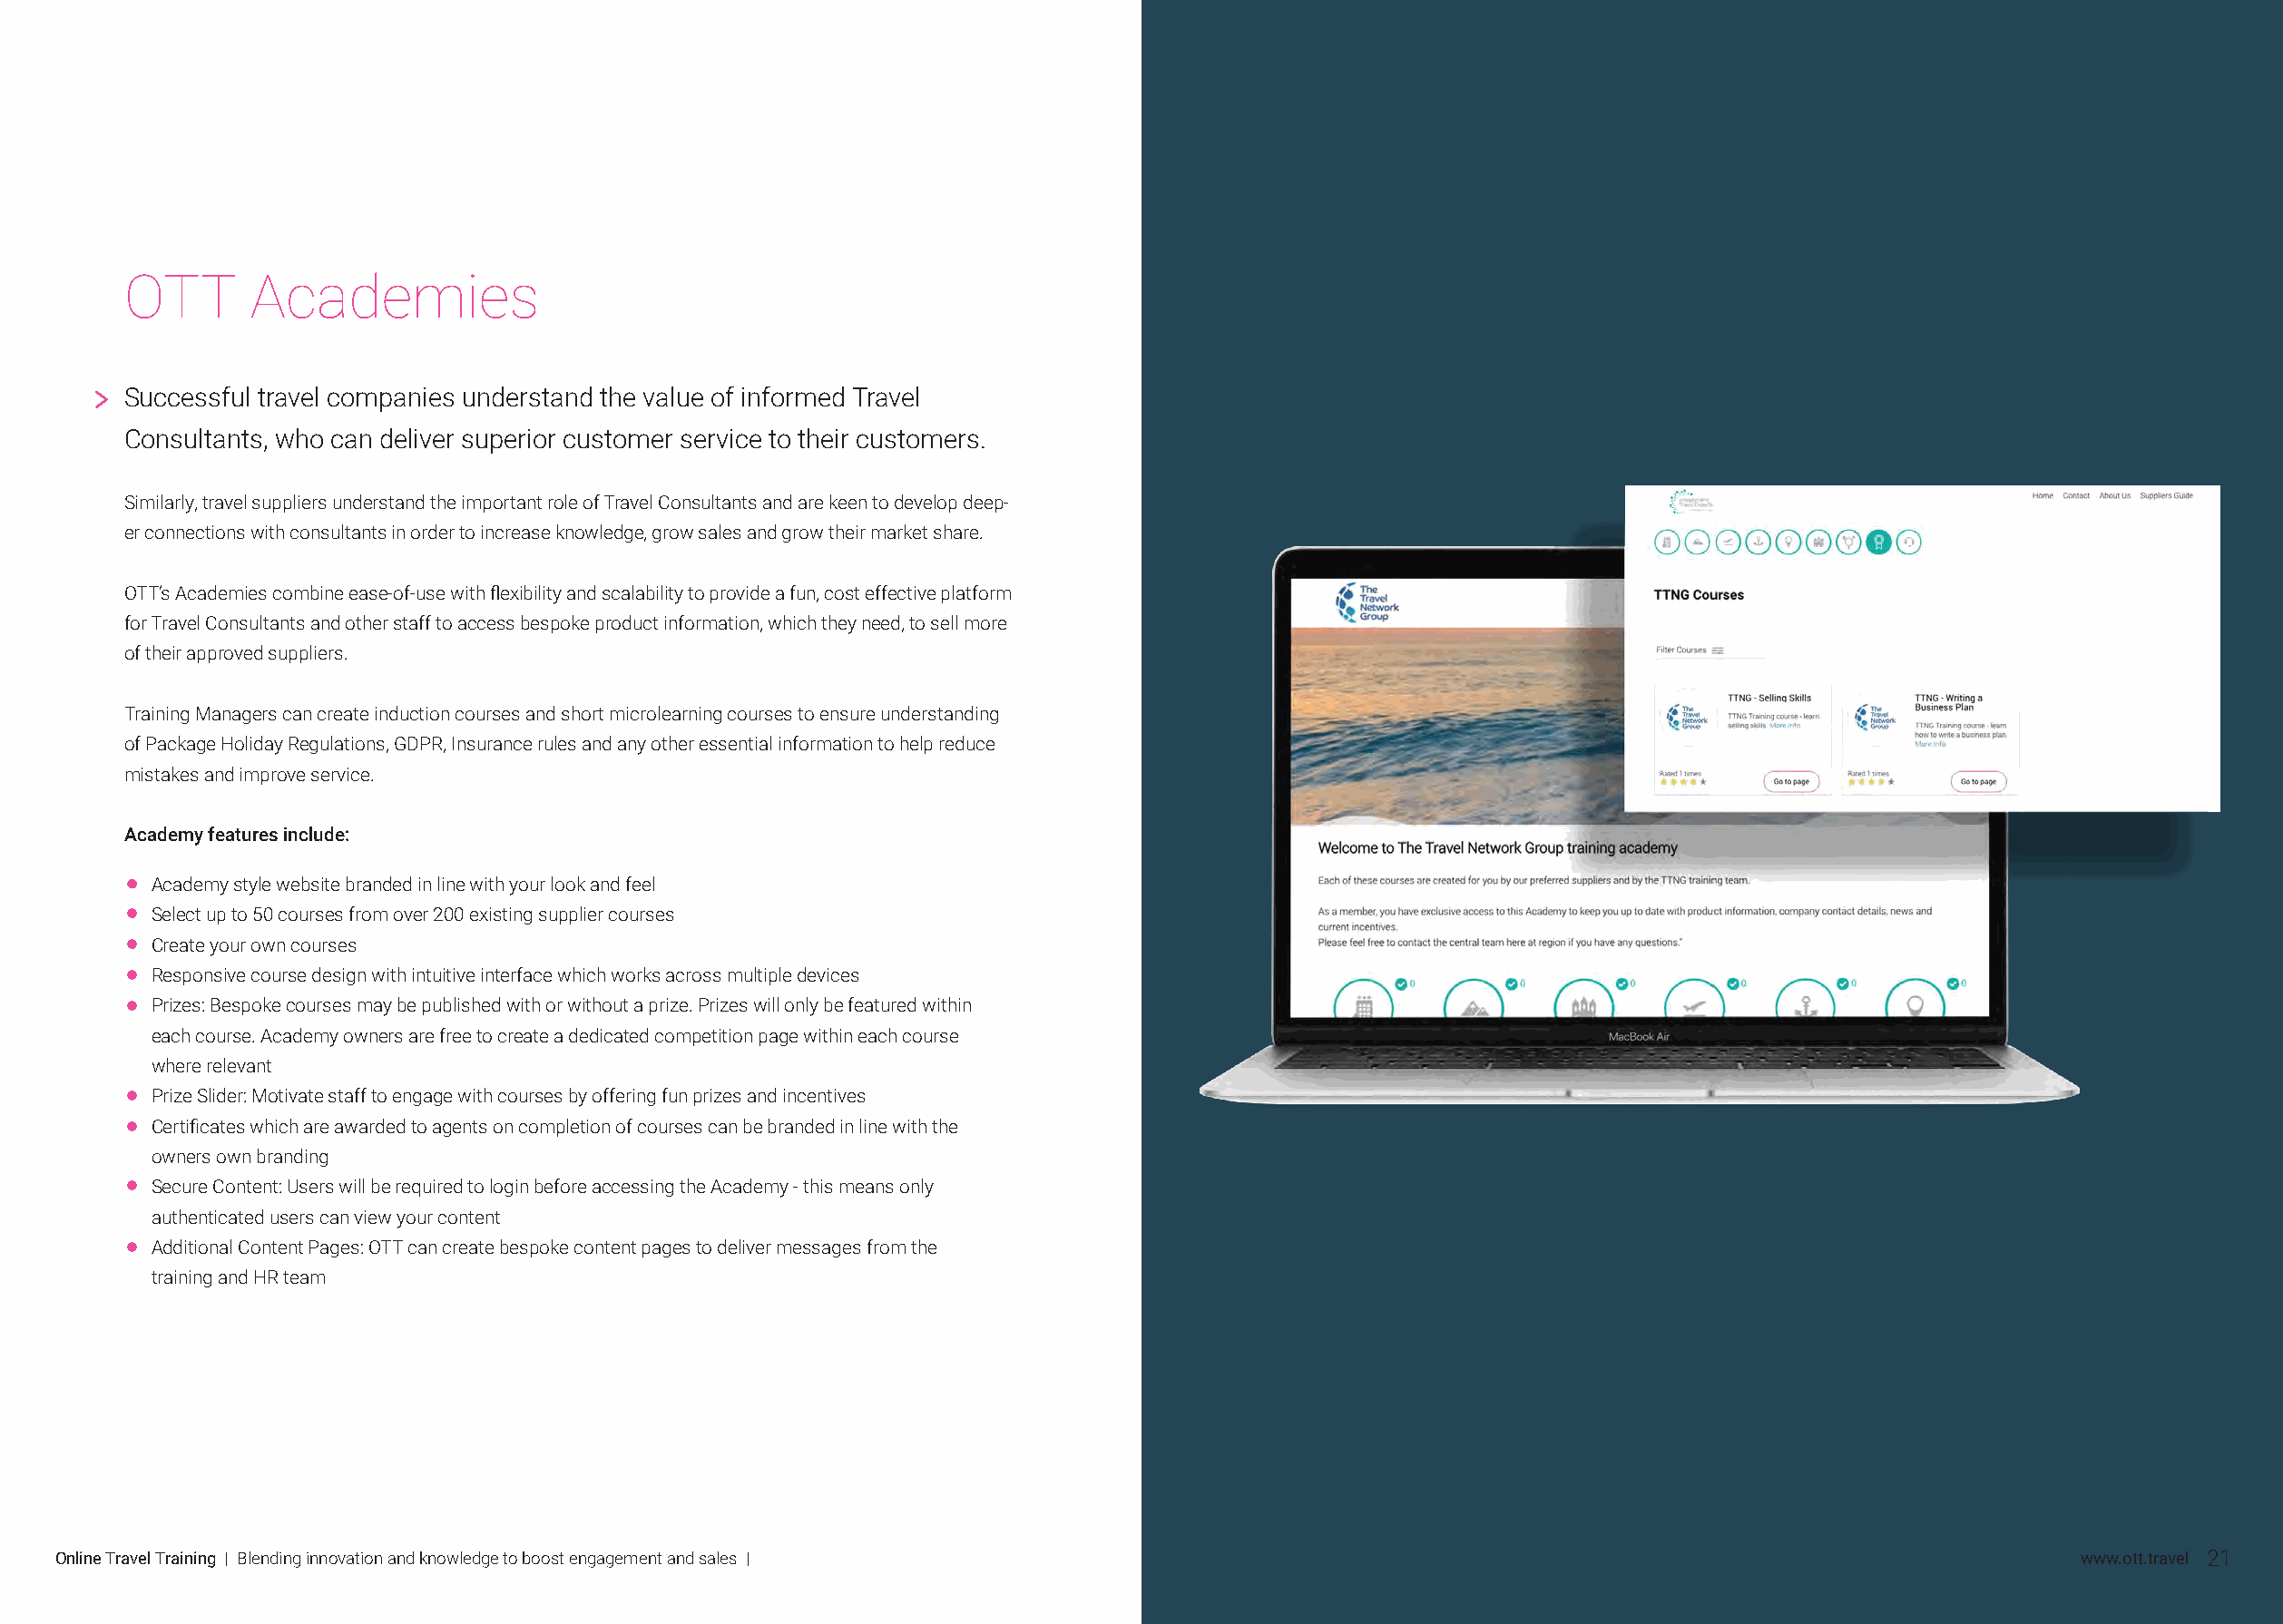
OTT      Academies
 Successful travel companies understand the value of informed Travel
 Consultants, who can deliver superior customer service to their customers.
 Similarly, travel suppliers understand the important role of Travel Consultants and are keen to develop deep-
 er connections with consultants in order to increase knowledge, grow sales and grow their market share.
 OTT’s Academies combine ease-of-use with flexibility and scalability to provide a fun, cost effective platform
 for Travel Consultants and other staff to access bespoke product information, which they need, to sell more
 of their approved suppliers.
 Training Managers can create induction courses and short microlearning courses to ensure understanding
 of Package Holiday Regulations, GDPR, Insurance rules and any other essential information to help reduce
 mistakes and improve service.
 Academy features include:
 Academy style website branded in line with your look and feel
 Select up to 50 courses from over 200 existing supplier courses
 Create your own courses
 Responsive course design with intuitive interface which works across multiple devices
 Prizes: Bespoke courses may be published with or without a prize. Prizes will only be featured within
 each course. Academy owners are free to create a dedicated competition page within each course
 where relevant
 Prize Slider: Motivate staff to engage with courses by offering fun prizes and incentives
 Certificates which are awarded to agents on completion of courses can be branded in line with the
 owners own branding
 Secure Content: Users will be required to login before accessing the Academy - this means only
 authenticated users can view your content
 Additional Content Pages: OTT can create bespoke content pages to deliver messages from the
 training and HR team
 Online Travel Training | Blending innovation and knowledge to boost engagement and sales |                                                          www.ott.travel 21